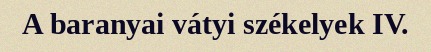
A baranyai vátyi székelyek IV.